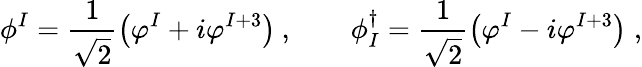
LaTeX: \phi^{I}=\frac{1}{\sqrt{2}}\left(\varphi^{I}+i\varphi^{I+3}\right)\: ,\qquad\phi_{I}^{\dagger}=\frac{1}{\sqrt{2}}\left(\varphi^{I}-i\varphi^{I+3}\right)\; ,